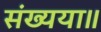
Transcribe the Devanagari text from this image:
संख्यया॥